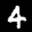
Label: 4